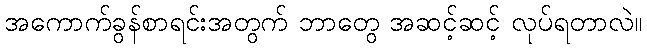
အကောက်ခွန်စာရင်းအတွက် ဘာတွေ အဆင့်ဆင့် လုပ်ရတာလဲ။